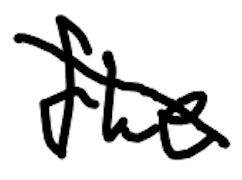
Text: the
Cross-out: diagonal
Writing tool: digital_black